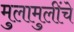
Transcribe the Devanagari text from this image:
मुलामुलींचे